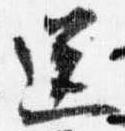
送